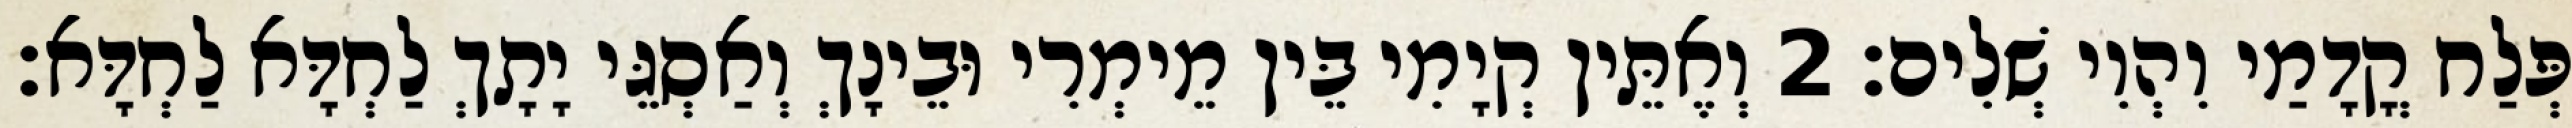
פְּלַח קֳדָמַי וִהְוִי שְׁלִים׃ 2 וְאֶתֵּין קְיָמִי בֵּין מֵימְרִי וּבֵינָךְ וְאַסְגֵּי יָתָךְ לַחְדָּא לַחְדָּא׃